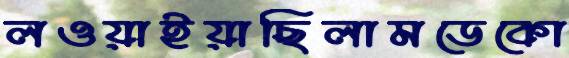
লওয়াইয়াছিলামডেকো